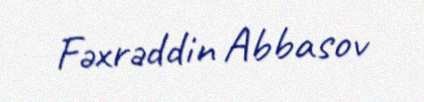
Fəxrəddin Abbasov